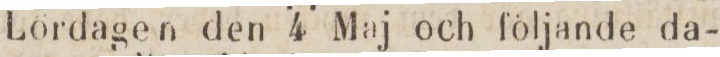
Lördagen den 4 Maj och följande da-